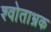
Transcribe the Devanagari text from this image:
श्वोताभ्रक